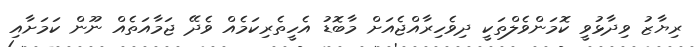
ރިޔާޒު ވިދާޅުވީ ކޮމަންވެލްތަކީ ދިވެހިރާއްޖެއަށް މާބޮޑު އެހީތެރިކަމެއް ވެދޭ ޖަމާއަތެއް ނޫން ކަމަށާއި